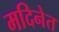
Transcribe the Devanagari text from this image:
मदिनेत